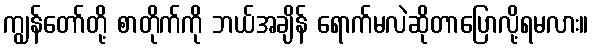
ကျွန်တော်တို့ စာတိုက်ကို ဘယ်အချိန် ရောက်မလဲဆိုတာပြောလို့ရမလား။